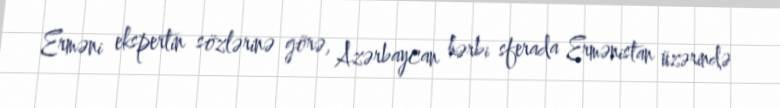
Erməni ekspertin sözlərinə görə, Azərbaycan hərbi sferada Ermənistan üzərində